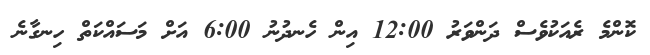
ކޮންމެ ރެއަކުވެސް ދަންވަރު 12:00 އިން ހެނދުނު 6:00 އަށް މަސައްކަތް ހިނގާނެ